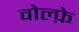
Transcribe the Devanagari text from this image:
वोल्फ़े